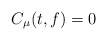
\begin{align*}C_\mu (t,f) =0 \end{align*}